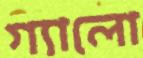
গ্যালো